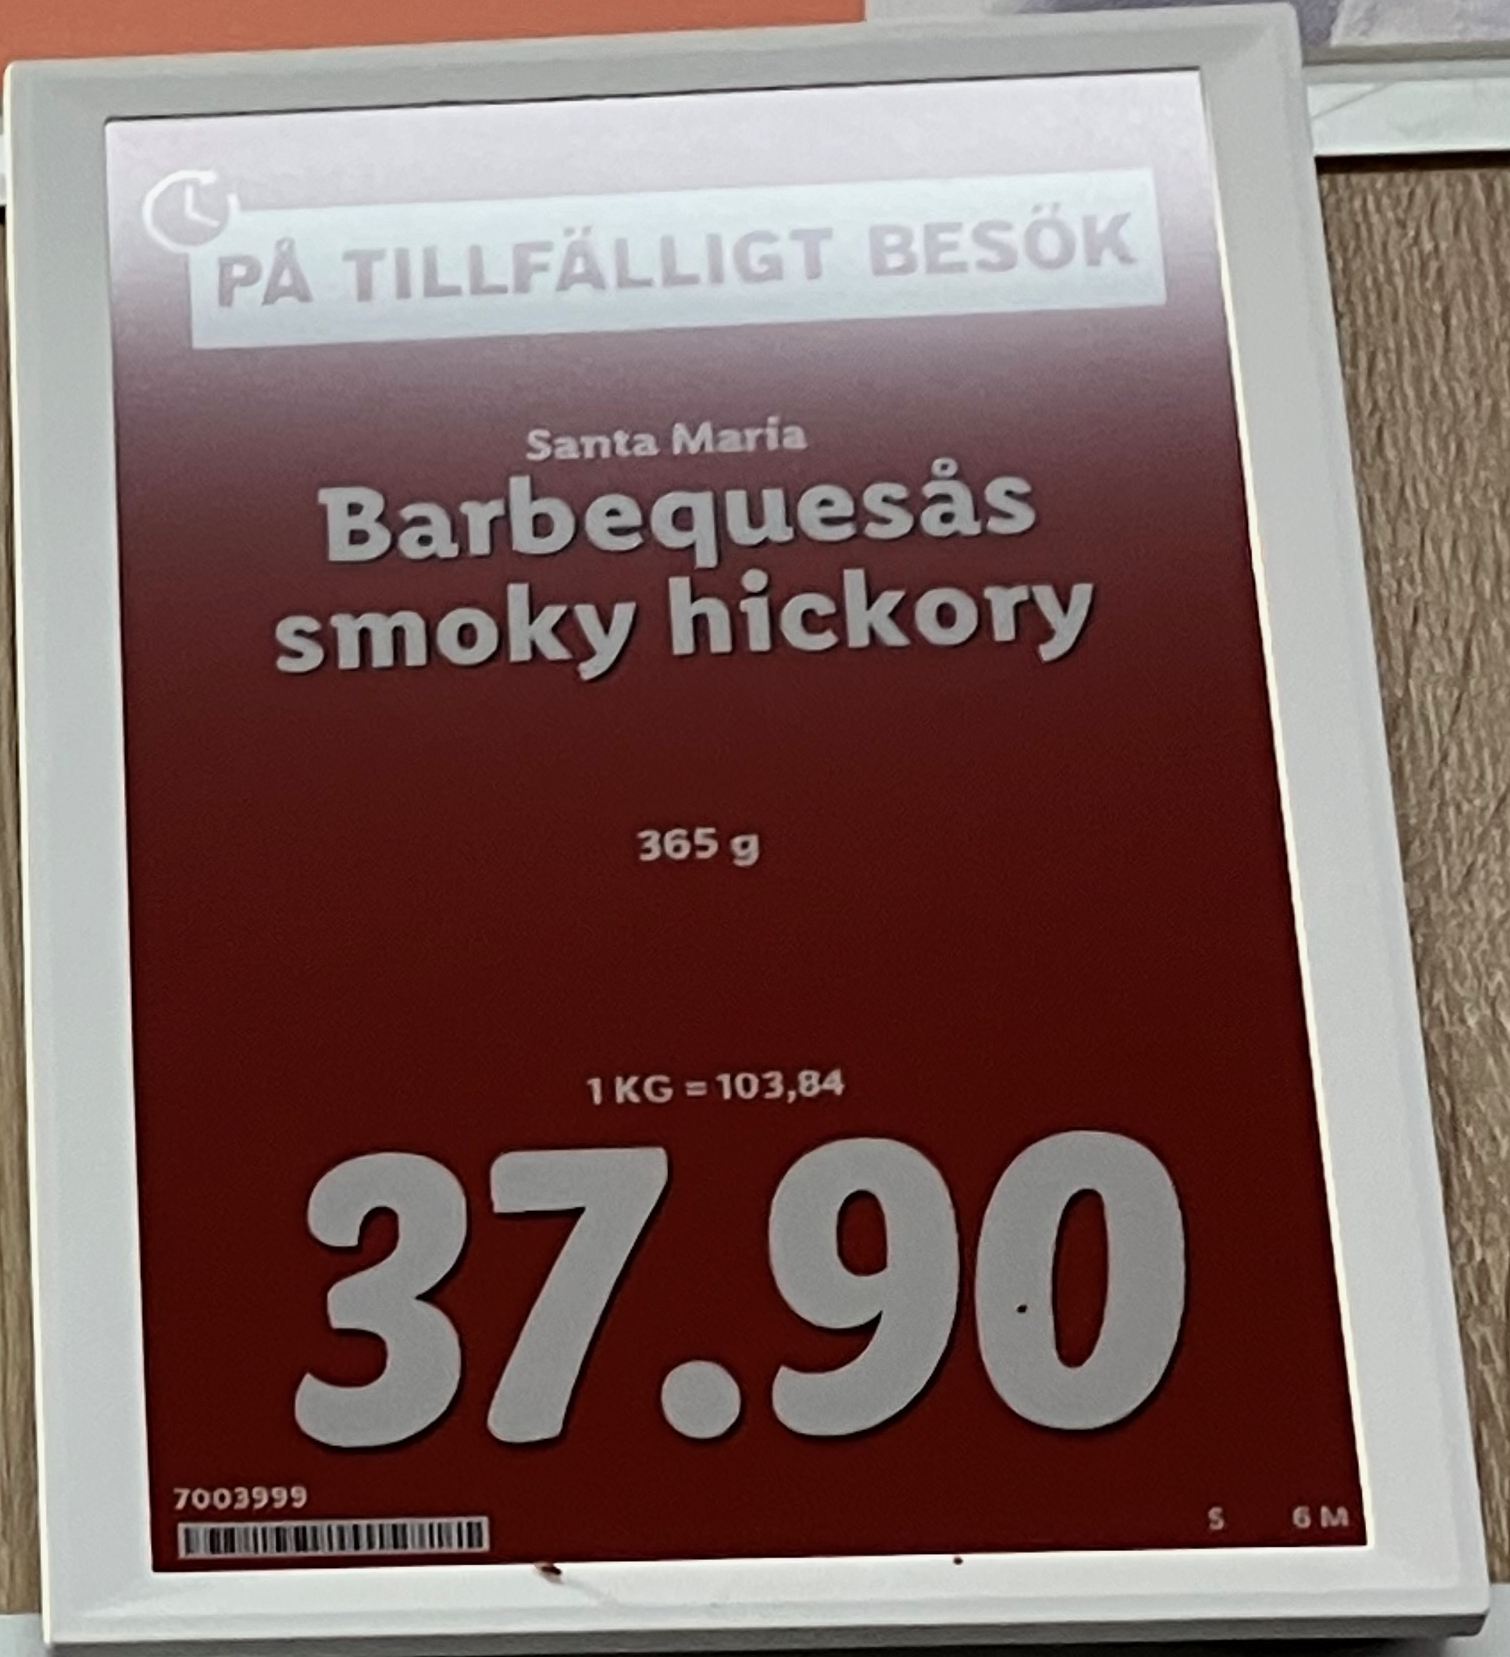
Vara: Barbequesäs smoky hickory
Genomsnittspris: 103.84 per kg